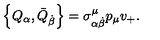
\left\{ Q _ { \alpha } , \bar { Q } _ { \dot { \beta } } \right\} = \sigma _ { \alpha \dot { \beta } } ^ { \mu } p _ { \mu } v _ { + } .